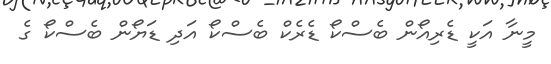
މީނާ އަކީ ޑެރިއޯން ބެސްކޯ ޑެރެކް ބެސްކޯ އަދި ޑަޔޯން ބެސްކޯ ގެ